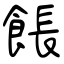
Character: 餦